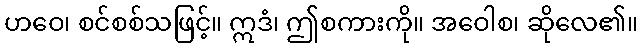
ဟဝေ၊ စင်စစ်သဖြင့်။ ဣဒံ၊ ဤစကားကို။ အဝေါစ၊ ဆိုလေ၏။